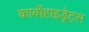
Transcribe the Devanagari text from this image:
कार्बोहाइड्रेट्‌स